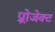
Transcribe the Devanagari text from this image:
प्र्रोजेक्ट